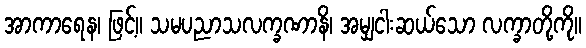
အာကာရေန၊ ဖြင့်။ သမပညာသလက္ခဏာနိ၊ အမျှငါးဆယ်သော လက္ခာတို့ကို။